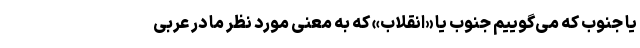
یا جَنوب که می‌گوییم جُنوب یا «انقلاب» که به معنی مورد نظر ما در عربی